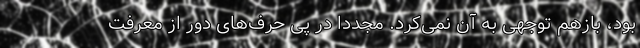
بود، بازهم توجهی به آن نمی‌کرد. مجدداً در پی حرف‌های دور از معرفتِ